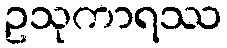
ဥသုကာရဿ